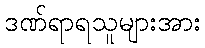
ဒဏ်ရာရသူများအား